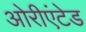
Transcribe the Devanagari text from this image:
ओरीएंटेड